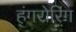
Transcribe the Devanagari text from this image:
हंगरोरिंग